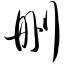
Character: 删